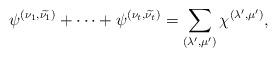
LaTeX: \begin{align*}\psi^{(\nu_1,\widetilde{\nu_1})} + \cdots + \psi^{(\nu_t,\widetilde{\nu_t})} = \sum_{(\lambda',\mu')}\chi^{(\lambda',\mu')},\end{align*}